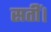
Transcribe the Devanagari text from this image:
सतीं।